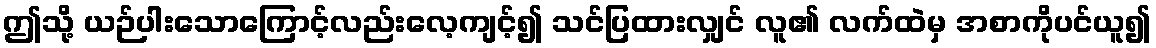
ဤသို့ ယဉ်ပါးသောကြောင့်လည်းလေ့ကျင့်၍ သင်ပြထားလျှင် လူ၏ လက်ထဲမှ အစာကိုပင်ယူ၍